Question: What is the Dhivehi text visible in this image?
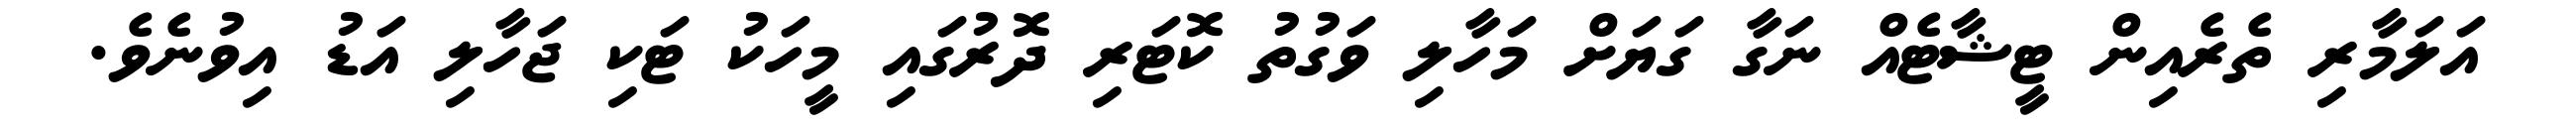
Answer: އަލަމާރި ތެރެއިން ޓީޝާޓެއް ނަގާ ގަޔަށް މަހާލި ވަގުތު ކޮޓަރި ދޮރުގައި މީހަކު ޓަކި ޖަހާލި އަޑު އިވުނެވެ.